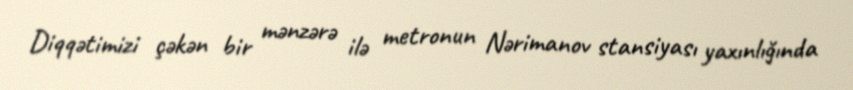
Diqqətimizi çəkən bir mənzərə ilə metronun Nərimanov stansiyası yaxınlığında